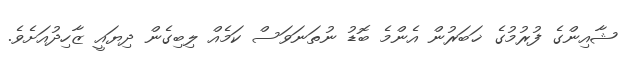
ޝާއިންގެ ފުރުމުގެ ޚަބަރުން އެންމެ ބޮޑު ނުތަނަވަސް ކަމެއް ލިބިގެން ދިޔައީ ޒާހިދުއަށެވެ.